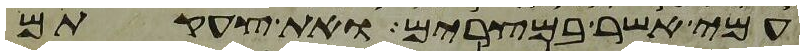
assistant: עמי אשר במצרים ואת צעקתם